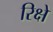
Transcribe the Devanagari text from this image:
रिक्षे